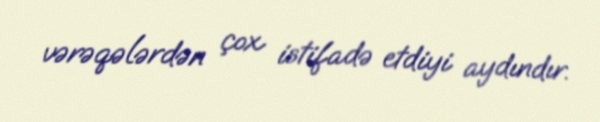
vərəqələrdən çox istifadə etdiyi aydındır.